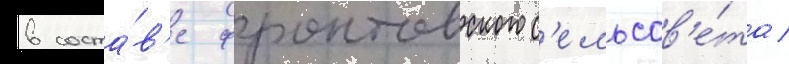
в соста́в'е фронтовского с'ельсов'е́та